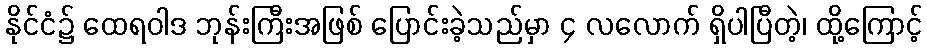
နိုင်ငံ၌ ထေရဝါဒ ဘုန်းကြီးအဖြစ် ပြောင်းခဲ့သည်မှာ ၄ လလောက် ရှိပါပြီတဲ့၊ ထို့ကြောင့်